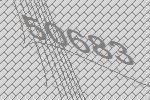
50683